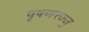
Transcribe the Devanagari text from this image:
वृषणरज्जु